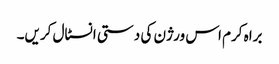
براہ کرم اس ورژن کی دستی انسٹال کریں۔